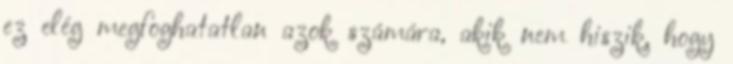
ez elég megfoghatatlan azok számára, akik nem hiszik, hogy